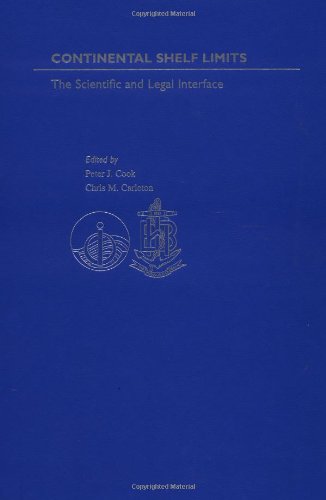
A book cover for Continental Shelf Limits: The Scientific and Legal Interface; Law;